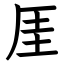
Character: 厓